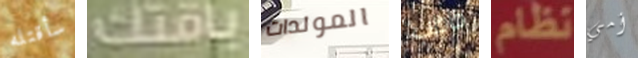
سأقتله باقتك المولدات خاطب نظام أمي